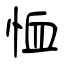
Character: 恤